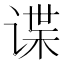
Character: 谍